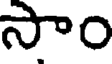
సాం